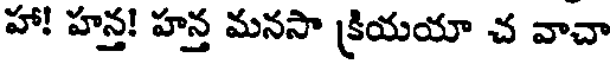
హా! హన్త! హన్త మనసా క్రియయా చ వాచా